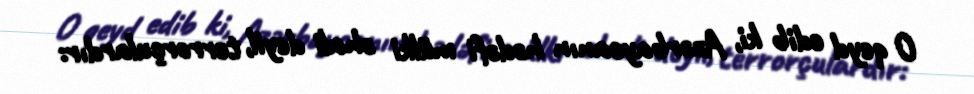
O qeyd edib ki, Azərbaycanın hədəfi mülki əhali deyil, terrorçulardır: